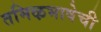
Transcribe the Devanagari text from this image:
तमिऴभाषेची